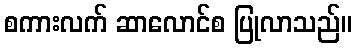
စကားလက် ဆာလောင်စ ပြုလာသည်။